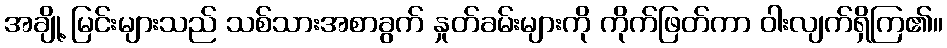
အချို့ မြင်းများသည် သစ်သားအစာခွက် နှုတ်ခမ်းများကို ကိုက်ဖြတ်ကာ ဝါးလျက်ရှိကြ၏။